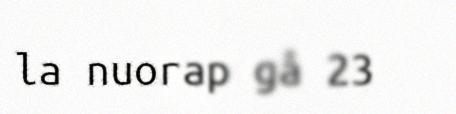
la nuorap gå 23